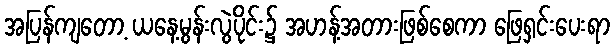
အပြန်ကျတော့ ယနေ့မွန်းလွဲပိုင်း၌ အဟန့်အတားဖြစ်စေကာ ဖြေရှင်းပေးရာ